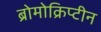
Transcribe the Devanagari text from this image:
ब्रोमोक्रिप्टीन